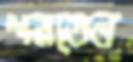
পরতেন